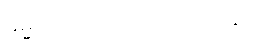
ဓမ္မဂုတ်။ ။ ဘာလုပ်ကြတုန်း။